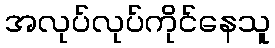
အလုပ်လုပ်ကိုင်နေသူ